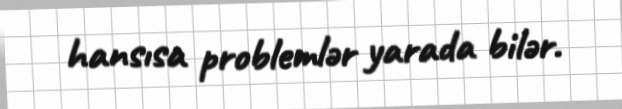
hansısa problemlər yarada bilər.